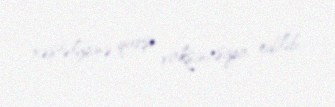
xəstəliyinə qarşı vaksinasiya edilib.